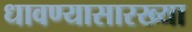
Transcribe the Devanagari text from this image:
धावण्यासारख्या